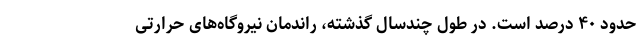
حدود ۴۰ درصد است. در طول چندسال گذشته، راندمان نیروگاه‌های حرارتی